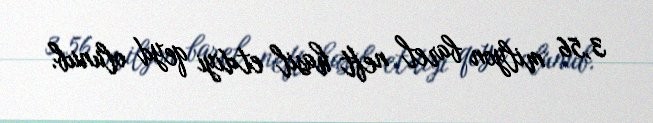
3,56 milyon barel neft hasil etdiyi qeyd olunub.